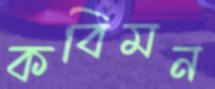
কবিমন